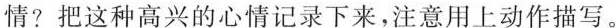
情?把这种高兴的心情记录下来，注意用上动作描写。